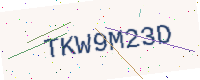
Text: TKW9M23D